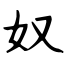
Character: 奴